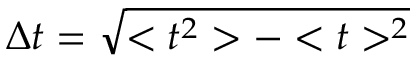
\Delta t = \sqrt { < t ^ { 2 } > - < t > ^ { 2 } }